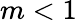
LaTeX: m<1